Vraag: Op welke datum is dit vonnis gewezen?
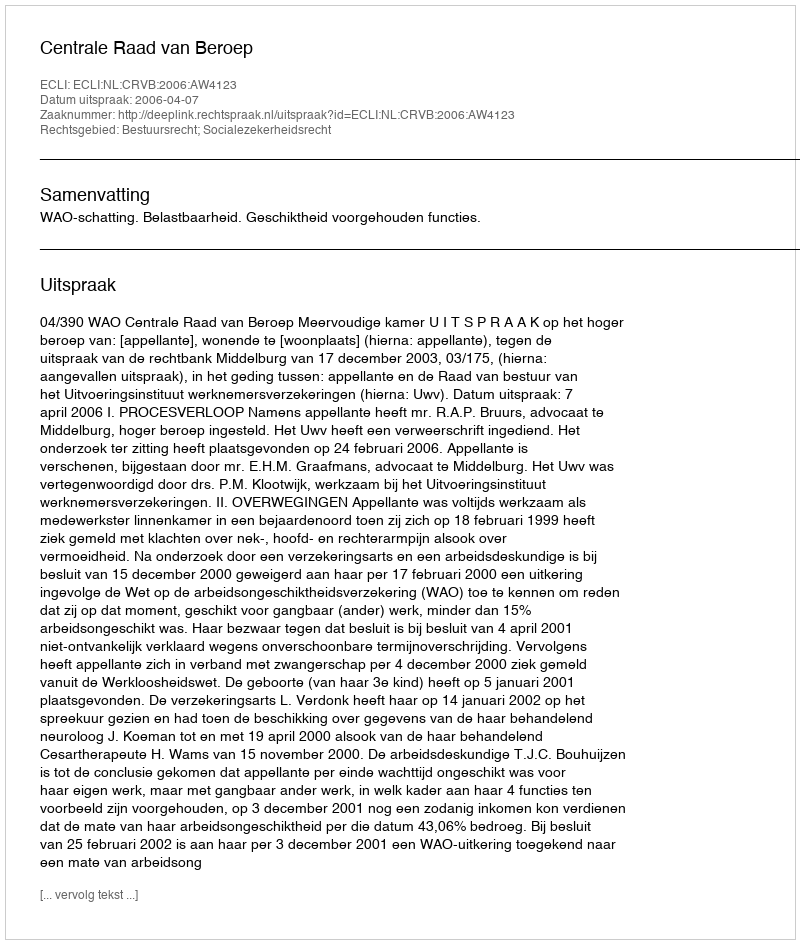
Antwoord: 2006-04-07